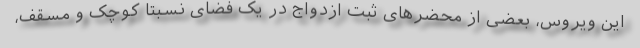
این ویروس، بعضی از محضرهای ثبت ازدواج در یک فضای نسبتاً کوچک و مسقف،